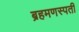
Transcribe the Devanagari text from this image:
ब्रहमणस्पती